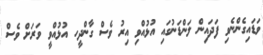
ވަޑައިގެންނެވި ފަދައިން ލަންޑަނުގައި އުޅުއްވި އިރު ވެސް ގާންދީހ އުޅުއްވީ ވަރަށް ވެސް